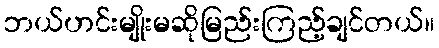
ဘယ်ဟင်းမျိုးမဆိုမြည်းကြည့်ချင်တယ်။